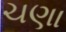
ચણા